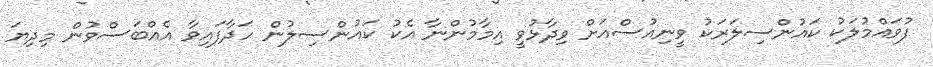
ފުވައްމުލަކު ކައުންސިލަރަކު ވީނިއުސްއަށް ވިދާޅުވީ އިމާމުންނާ އެކު ކައުންސިލުން ހަދާފައިވާ އެއްބަސްވުން މިދިޔަ